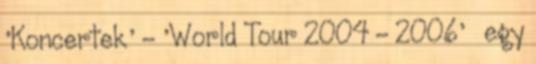
'Koncertek' - 'World Tour 2004 - 2006' » egy